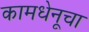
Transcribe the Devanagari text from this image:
कामधेनूचा